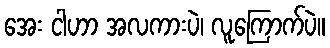
အေး ငါဟာ အလကားပဲ၊ လူကြောက်ပဲ။